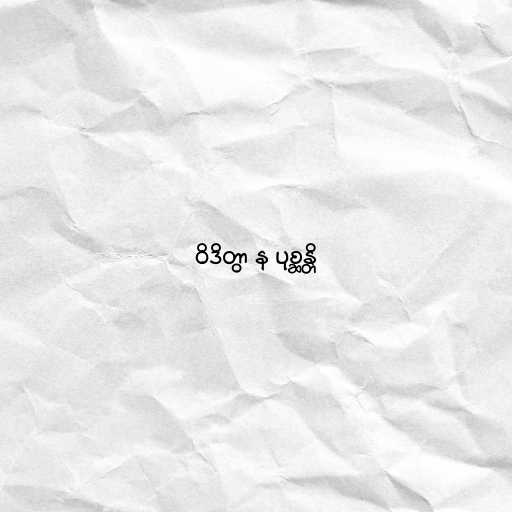
ဝိဒိတွာ န ပုစ္ဆန္တိ